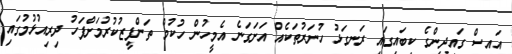
އައިސް ގައިދީންގެ ކިބައިގައި ރަނގަޅު ހުނަރުތަކެއް އަށަގަނެ އެމީހުން ހުކުމް ތަންފީޒުކުރުމަށްފަހު ދިރިއުޅުމުގައި